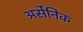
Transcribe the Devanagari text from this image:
अर्सेनिक